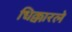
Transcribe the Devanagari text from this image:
धिक्कारले